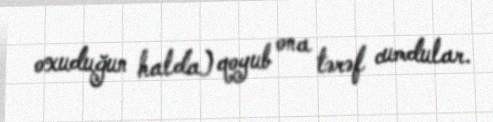
oxuduğun halda) qoyub ona tərəf cumdular.